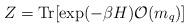
LaTeX: \begin{align*}Z = \mbox{Tr}[\exp(- \beta H) {\cal O}(m_q)]\end{align*}